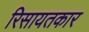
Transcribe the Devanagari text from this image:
रिसायतकार